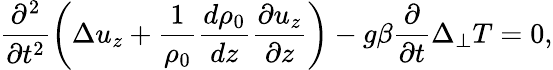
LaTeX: \frac{\partial^{2}}{\partial t^{2}}\left(\Delta u_{z}+\frac{1}{\rho_{0}}\frac{d\rho_{0}}{dz}\frac{\partial u_{z}}{\partial z}\right)-g\beta\frac{\partial}{\partial t}\Delta_{\perp}T=0,